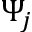
\Psi _ { j }